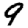
Digit: 9